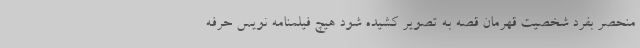
منحصر بفرد شخصیت قهرمان قصه به تصویر کشیده شود هیچ فیلمنامه نویس حرفه